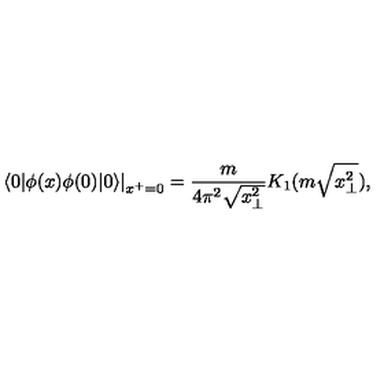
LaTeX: \left. \langle 0 | \phi ( x ) \phi ( 0 ) | 0 \rangle \right| _ { x ^ { + } = 0 } = \frac { m } { 4 \pi ^ { 2 } \sqrt { x _ { \bot } ^ { 2 } } } K _ { 1 } ( m \sqrt { x _ { \bot } ^ { 2 } } ) ,